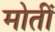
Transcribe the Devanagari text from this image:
मोतीं